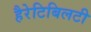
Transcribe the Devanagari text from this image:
हैरेटिबिलटी